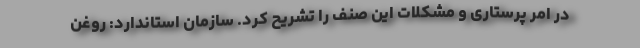
در امر پرستاری و مشکلات این صنف را تشریح کرد. سازمان استاندارد: روغن